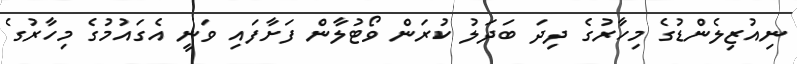
ނިއުޒިލެންޑުގެ މިހާރުގެ ދިދަ ބަދަލު ކުރަން ވޯޓުލާން ފަށާފައި ވަނީ އެގައުމުގެ މިހާރުގެ